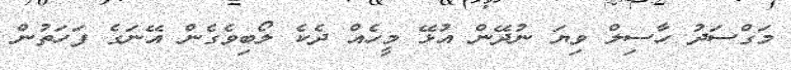
މަގްސަދު ހާސިލް ވިޔަ ނުދޭން އުޅޭ މީހެއް ދެކެ ލޯބިވެގެން އޭނަގެ ފަހަތުން